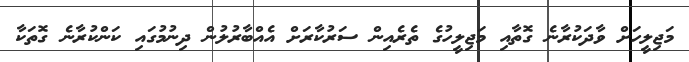
މަޖިލީހަށް ވާދަކުރާނެ ގޮތާއި މަޖިލީހުގެ ތެރެއިން ސަރުކާރަށް އެއްބާރުލުން ދިނުމުގައި ކަންކުރާނެ ގޮތަކާ